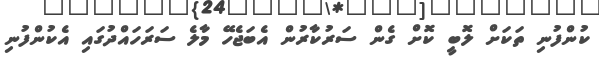
ކުންފުނި ތަކަށް ލޮބީ ކޮށް ގެން ސަރުކާރުން އެބަޖެހޭ މާލެ ސަަރަހައްދުގައި އެކުންފުނި